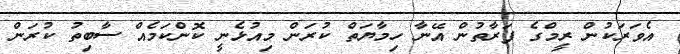
އެވަރަކުން ރީމްގެ ފަރާތުން އޭނާ ހިމާޔަތް ކުރަން މިއުޅެނީ ކޮންކަމެއް ސާބިތު ކުރަން